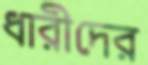
ধারীদের